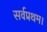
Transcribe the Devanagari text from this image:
सर्वप्रथम।